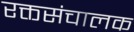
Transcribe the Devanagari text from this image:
रक्तसंचालक